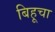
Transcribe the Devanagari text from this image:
बिहूचा